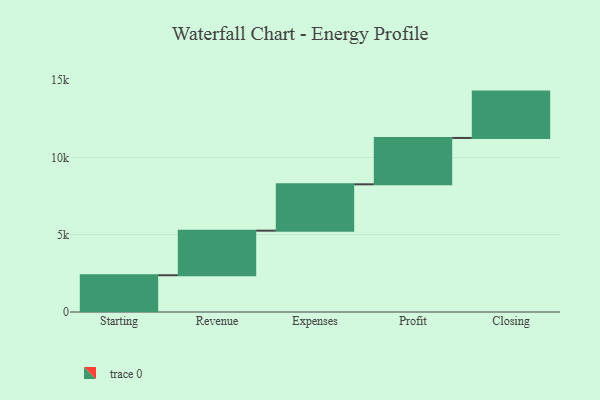
{"axis": {"x": "Step", "y": "Value"}, "legend": [""], "data": [{"x": "Starting", "y": 2380.0, "type": ""}, {"x": "Revenue", "y": 2884.0, "type": ""}, {"x": "Expenses", "y": 3000, "type": ""}, {"x": "Profit", "y": 3000, "type": ""}, {"x": "Closing", "y": 3000, "type": ""}]}